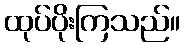
ထုပ်ပိုးကြသည်။